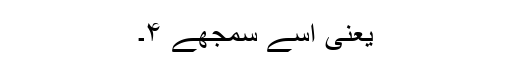
یعنی اسے سمجھے ۴۔